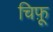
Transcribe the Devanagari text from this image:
चिफ़ू